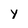
Character: y